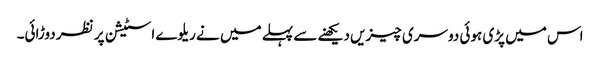
اس میں پڑی ہوئی دوسری چیزیں دیکھنے سے پہلے میں نے ریلوے اسٹیشن پر نظر دوڑائی۔